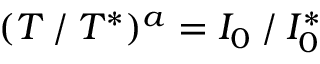
( T ⁄ T ^ { * } ) ^ { a } = I _ { 0 } ⁄ I _ { 0 } ^ { * }